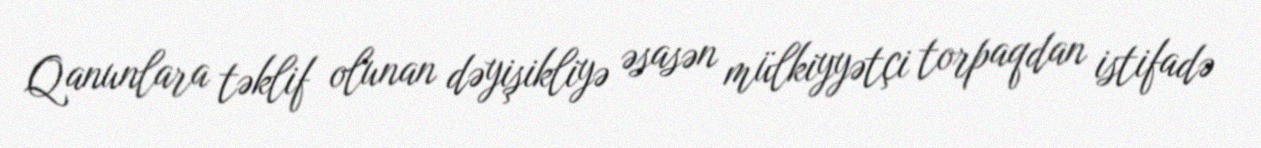
Qanunlara təklif olunan dəyişikliyə əsasən mülkiyyətçi torpaqdan istifadə